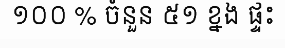
១០០ % ចំនួន ៥១ ខ្នង ផ្ទះ